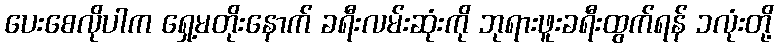
ပေးစေလိုပါက ရှေ့မတိုးနောက် ခရီးလမ်းဆုံးကို ဘုရားဖူးခရီးထွက်ရန် ၁လုံးတို့